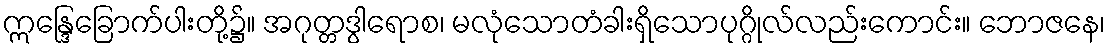
ဣန္ဒြေခြောက်ပါးတို့၌။ အဂုတ္တဒွါရောစ၊ မလုံသောတံခါးရှိသောပုဂ္ဂိုလ်လည်းကောင်း။ ဘောဇနေ၊